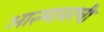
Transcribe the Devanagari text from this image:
आत्म्यावरची